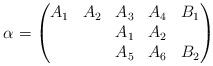
LaTeX: \begin{align*} \alpha = \begin{pmatrix}A_1 & A_2 & A_3& A_4 & B_1\\ & & A_1 & A_2\\ & & A_5 & A_6 & B_2\end{pmatrix}\end{align*}